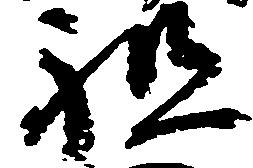
祖